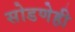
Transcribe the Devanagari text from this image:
सोडणेही